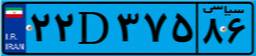
۳۲D۰۵۱۸۸